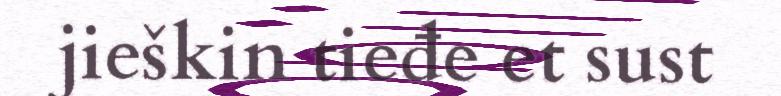
jieškin tieđe et sust